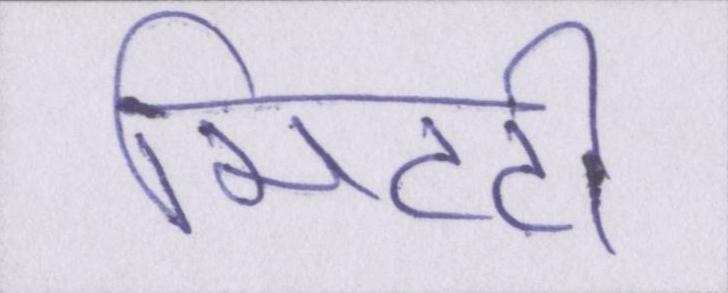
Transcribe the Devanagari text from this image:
मिटटी